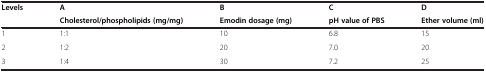
| <ROWSPAN=2> Levels | A | B | C | D |
 | Cholesterol/phospholipids (mg/mg) | Emodin dosage (mg) | pH value of PBS | Ether volume (ml) |
 | --- | --- | --- | --- | --- |
 | 1 | 1:1 | 10 | 6.8 | 15 |
 | 2 | 1:2 | 20 | 7.0 | 20 |
 | 3 | 1:4 | 30 | 7.2 | 25 |